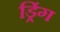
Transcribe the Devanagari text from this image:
ड्रिंग